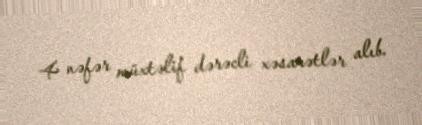
4 nəfər müxtəlif dərəcli xəsarətlər alıb.